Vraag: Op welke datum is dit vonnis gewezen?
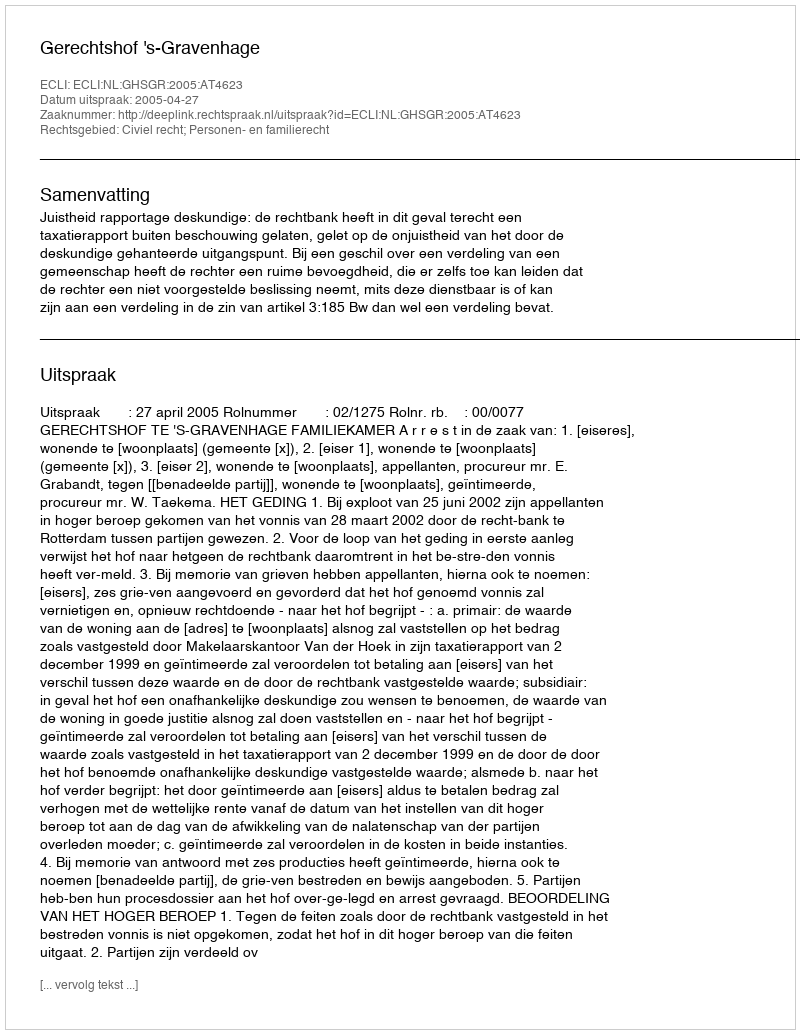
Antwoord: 2005-04-27